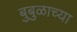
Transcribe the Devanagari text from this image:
बुबुळाच्या